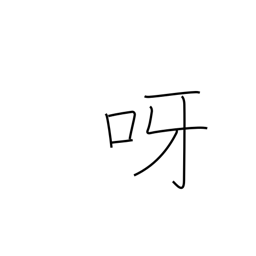
Meaning: bare one's teeth